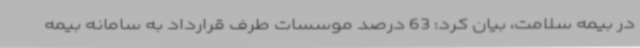
در بیمه سلامت، بیان کرد: 63 درصد موسسات طرف قرارداد به سامانه بیمه